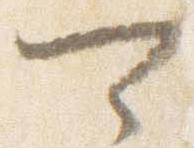
可